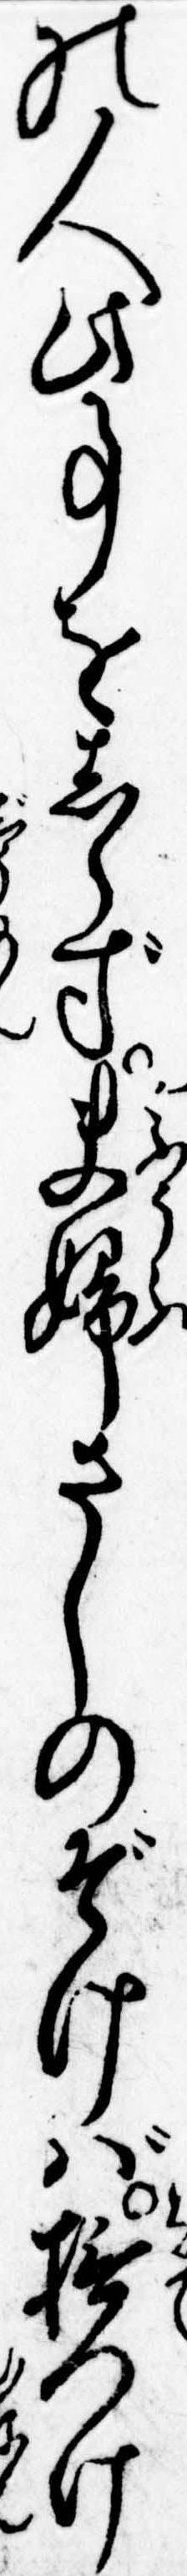
の人此事をしらず夫婦さしのぞけば撫つけ